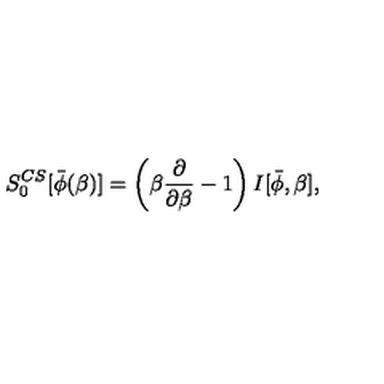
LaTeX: S _ { 0 } ^ { C S } [ \bar { \phi } ( \beta ) ] = \left( \beta { \frac { \partial } { \partial \beta } } - 1 \right) I [ \bar { \phi } , \beta ] ,